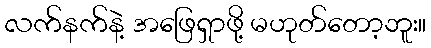
လက်နက်နဲ့ အဖြေရှာဖို့ မဟုတ်တော့ဘူး။